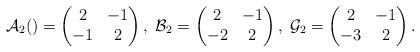
LaTeX: \begin{align*}\mathcal{A}_2()=\begin{pmatrix}2&-1\\-1&2\end{pmatrix},\;\mathcal{B}_2=\begin{pmatrix}2&-1\\-2&2\end{pmatrix},\;\mathcal{G}_2=\begin{pmatrix}2&-1\\-3&2\end{pmatrix}.\end{align*}